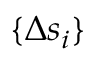
\{ \Delta s _ { i } \}